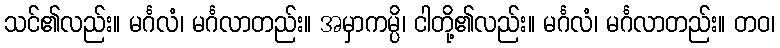
သင်၏လည်း။ မင်္ဂလံ၊ မင်္ဂလာတည်း။ အမှာကမ္ပိ၊ ငါတို့၏လည်း။ မင်္ဂလံ၊ မင်္ဂလာတည်း။ တဝ၊